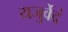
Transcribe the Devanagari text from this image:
यजुर्वेदं